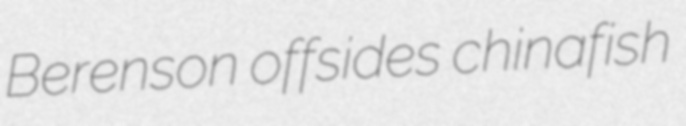
Berenson offsides chinafish